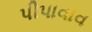
પીપાવાવ